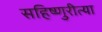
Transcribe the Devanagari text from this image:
सहिष्णुरीत्या